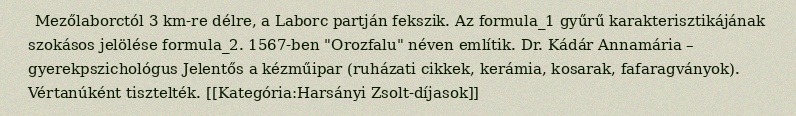
Mezőlaborctól 3 km-re délre, a Laborc partján fekszik. Az formula_1 gyűrű karakterisztikájának szokásos jelölése formula_2. 1567-ben "Orozfalu" néven említik. Dr. Kádár Annamária – gyerekpszichológus Jelentős a kézműipar (ruházati cikkek, kerámia, kosarak, fafaragványok). Vértanúként tisztelték. [[Kategória:Harsányi Zsolt-díjasok]]